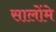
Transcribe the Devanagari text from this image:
सालोंमे